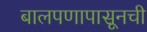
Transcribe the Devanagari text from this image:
बालपणापासूनची